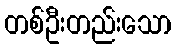
တစ်ဦးတည်းသော